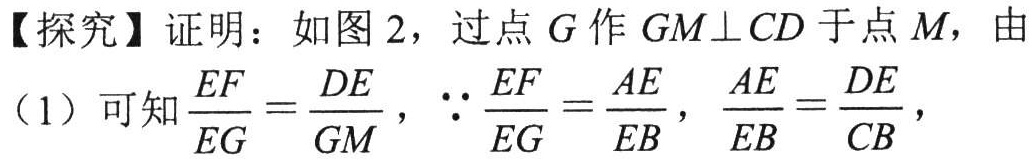
【探究】证明：如图 2，过点 \(G\) 作 \(GM\perp CD\) 于点 \(M\)，由

（1）可知\(\frac{EF}{EG}=\frac{DE}{GM}\)，\(\because\frac{EF}{EG}=\frac{AE}{EB}\)，\(\frac{AE}{EB}=\frac{DE}{CB}\)，